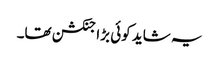
یہ شاید کوئی بڑا جنکشن تھا۔